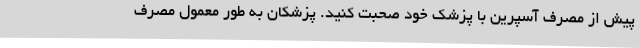
پیش از مصرف آسپرین با پزشک خود صحبت کنید. پزشکان به طور معمول مصرف